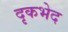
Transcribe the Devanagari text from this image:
दृकभेद